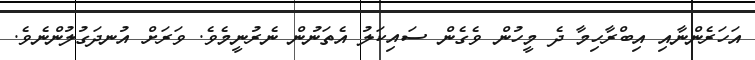
އަހަރެންނާއި އިބްރާހިމާ ދެ މީހުން ވެގެން ސައިކަލު އެތަނުން ނެރުނީމެވެ. ވަރަށް އުނދަގުލުންނެވެ.